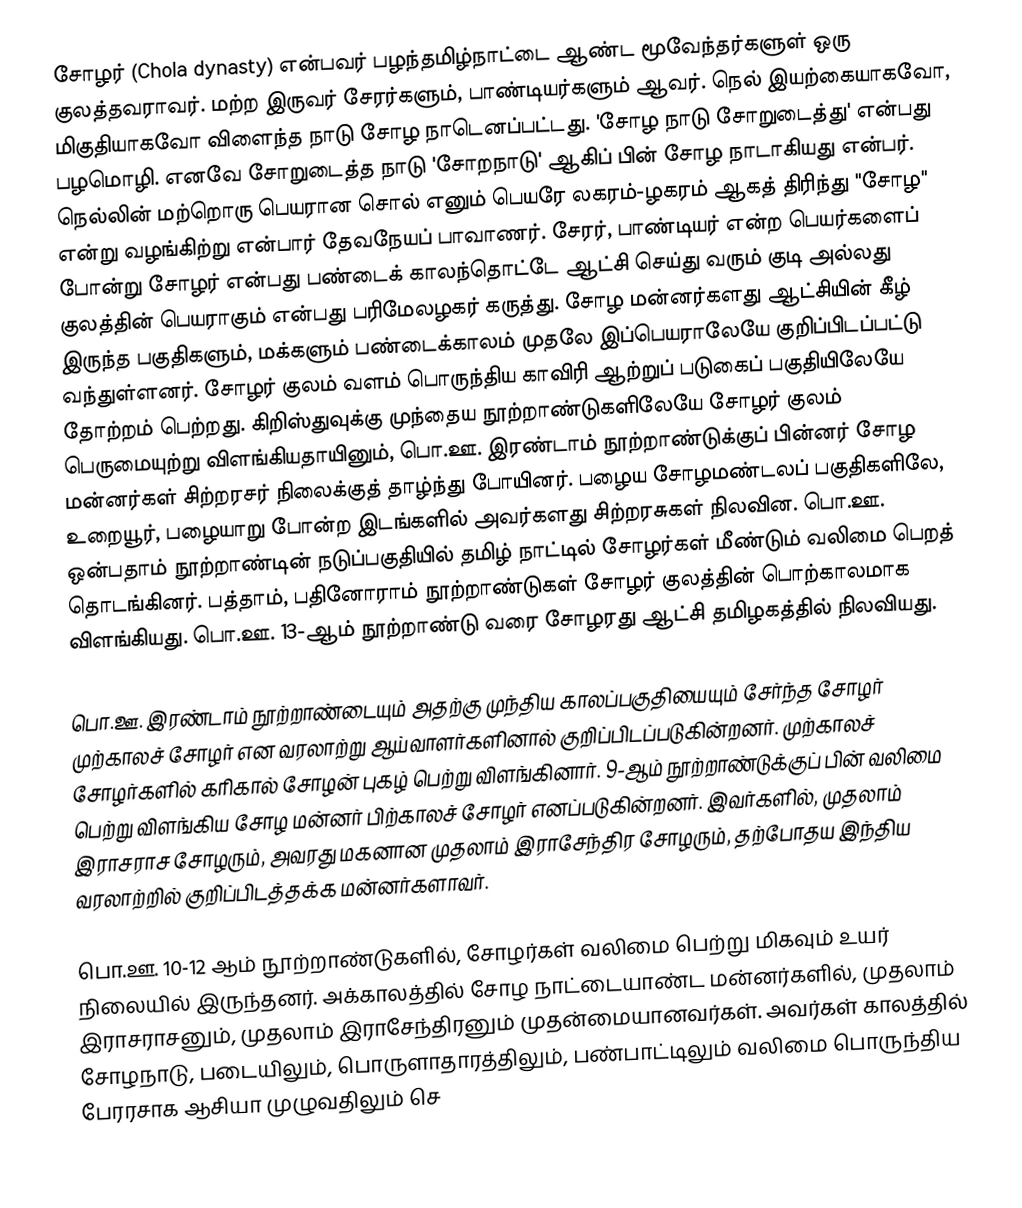
சோழர் (Chola dynasty) என்பவர் பழந்தமிழ்நாட்டை ஆண்ட மூவேந்தர்களுள் ஒரு குலத்தவராவர். மற்ற இருவர் சேரர்களும், பாண்டியர்களும் ஆவர். நெல் இயற்கையாகவோ, மிகுதியாகவோ விளைந்த நாடு சோழ நாடெனப்பட்டது. 'சோழ நாடு சோறுடைத்து' என்பது பழமொழி. எனவே சோறுடைத்த நாடு 'சோறநாடு' ஆகிப் பின் சோழ நாடாகியது என்பர். நெல்லின் மற்றொரு பெயரான சொல் எனும் பெயரே லகரம்-ழகரம் ஆகத் திரிந்து "சோழ" என்று வழங்கிற்று என்பார் தேவநேயப் பாவாணர். சேரர், பாண்டியர் என்ற பெயர்களைப் போன்று சோழர் என்பது பண்டைக் காலந்தொட்டே ஆட்சி செய்து வரும் குடி அல்லது குலத்தின் பெயராகும் என்பது பரிமேலழகர் கருத்து. சோழ மன்னர்களது ஆட்சியின் கீழ் இருந்த பகுதிகளும், மக்களும் பண்டைக்காலம் முதலே இப்பெயராலேயே குறிப்பிடப்பட்டு வந்துள்ளனர். சோழர் குலம் வளம் பொருந்திய காவிரி ஆற்றுப் படுகைப் பகுதியிலேயே தோற்றம் பெற்றது. கிறிஸ்துவுக்கு முந்தைய நூற்றாண்டுகளிலேயே சோழர் குலம் பெருமையுற்று விளங்கியதாயினும், பொ.ஊ. இரண்டாம் நூற்றாண்டுக்குப் பின்னர் சோழ மன்னர்கள் சிற்றரசர் நிலைக்குத் தாழ்ந்து போயினர். பழைய சோழமண்டலப் பகுதிகளிலே, உறையூர், பழையாறு போன்ற இடங்களில் அவர்களது சிற்றரசுகள் நிலவின. பொ.ஊ. ஒன்பதாம் நூற்றாண்டின் நடுப்பகுதியில் தமிழ் நாட்டில் சோழர்கள் மீண்டும் வலிமை பெறத் தொடங்கினர். பத்தாம், பதினோராம் நூற்றாண்டுகள் சோழர் குலத்தின் பொற்காலமாக விளங்கியது. பொ.ஊ. 13-ஆம் நூற்றாண்டு வரை சோழரது ஆட்சி தமிழகத்தில் நிலவியது.

பொ.ஊ. இரண்டாம் நூற்றாண்டையும் அதற்கு முந்திய காலப்பகுதியையும் சேர்ந்த சோழர் முற்காலச் சோழர் என வரலாற்று ஆய்வாளர்களினால் குறிப்பிடப்படுகின்றனர். முற்காலச் சோழர்களில் கரிகால் சோழன் புகழ் பெற்று விளங்கினார். 9-ஆம் நூற்றாண்டுக்குப் பின் வலிமை பெற்று விளங்கிய சோழ மன்னர் பிற்காலச் சோழர் எனப்படுகின்றனர். இவர்களில், முதலாம் இராசராச சோழரும், அவரது மகனான முதலாம் இராசேந்திர சோழரும், தற்போதய இந்திய வரலாற்றில் குறிப்பிடத்தக்க மன்னர்களாவர்.

பொ.ஊ. 10-12 ஆம் நூற்றாண்டுகளில், சோழர்கள் வலிமை பெற்று மிகவும் உயர் நிலையில் இருந்தனர். அக்காலத்தில்  சோழ நாட்டையாண்ட மன்னர்களில், முதலாம் இராசராசனும், முதலாம் இராசேந்திரனும் முதன்மையானவர்கள். அவர்கள் காலத்தில் சோழநாடு, படையிலும், பொருளாதாரத்திலும், பண்பாட்டிலும் வலிமை பொருந்திய பேரரசாக ஆசியா முழுவதிலும் செ